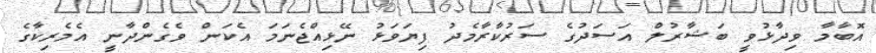
އޮބާމާ ވިދާޅުވީ ބަޝާރުލް އަސަދުގެ ސަރުކާރާމެދު ފިޔަވަޅު ނޭޅިއްޖެނަމަ އެކަން ވެގެންދާނީ އެމެރިކާގެ